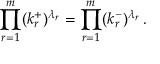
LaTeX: \prod _ { r = 1 } ^ { m } ( k _ { r } ^ { + } ) ^ { \lambda _ { r } } = \prod _ { r = 1 } ^ { m } ( k _ { r } ^ { - } ) ^ { \lambda _ { r } } \, .